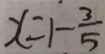
x = 1 - \frac { 3 } { 5 }